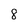
Character: 8